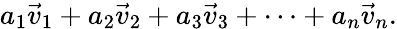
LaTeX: a_{1}{\vec{v}}_{1}+a_{2}{\vec{v}}_{2}+a_{3}{\vec{v}}_{3}+\cdots+a_{n}{\vec{v}}_{n}.